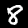
Digit: 8